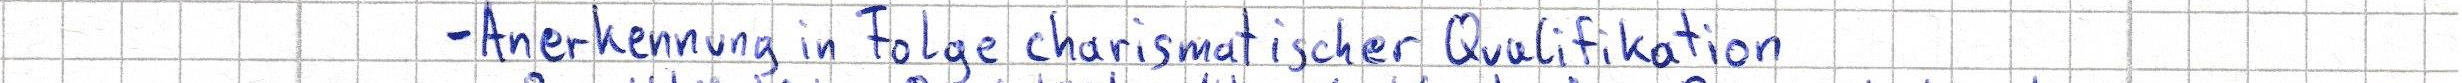
- Anerkennung in Folge charismatischer Qualifikation